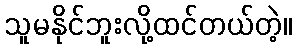
သူမနိုင်ဘူးလို့ထင်တယ်တဲ့။